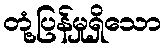
တုံ့ပြန်မှုရှိသော